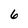
Character: 6